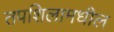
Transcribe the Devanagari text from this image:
तपशिलामधील